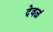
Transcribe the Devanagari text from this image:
देवळं